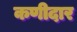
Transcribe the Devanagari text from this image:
कणीदार